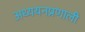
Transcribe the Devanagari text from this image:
अध्ययनप्रणाली